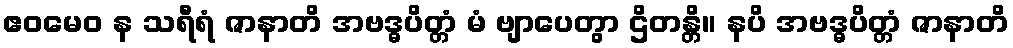
ဧဝမေဝ န သရီရံ ဇာနာတိ အဗဒ္ဓပိတ္တံ မံ ဗျာပေတွာ ဌိတန္တိ။ နပိ အဗဒ္ဓပိတ္တံ ဇာနာတိ